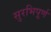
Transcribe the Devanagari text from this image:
सुरभिपूर्ण